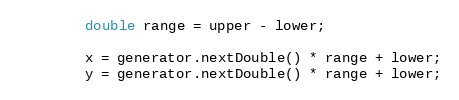
Language: Java
        double range = upper - lower;

        x = generator.nextDouble() * range + lower;
        y = generator.nextDouble() * range + lower;